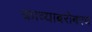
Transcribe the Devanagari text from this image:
काव्याबरोबरच